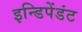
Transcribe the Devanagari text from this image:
इन्डिपेंडंट